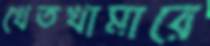
খেতখামারে